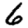
Digit: 6